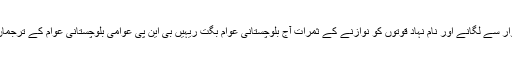
بلوچستان کو کسی صورت سیاسی یتیم بنیچنہیں دینگے حقیقی سیاسی قوتوکو دیوار سے لگانے اور نام نہاد قوتوں کو نوازنے کے ثمرات آج بلوچستانی عوام بگت ریہیں بی این پی عوامی بلوچستانی عوام کے ترجمان بن کر ہرفورم پرانکی بنیادی حقوق کے لیے جہدوجہدکی اور کرتے رینگے ۔